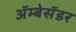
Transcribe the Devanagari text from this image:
अॅम्बेसॅडर